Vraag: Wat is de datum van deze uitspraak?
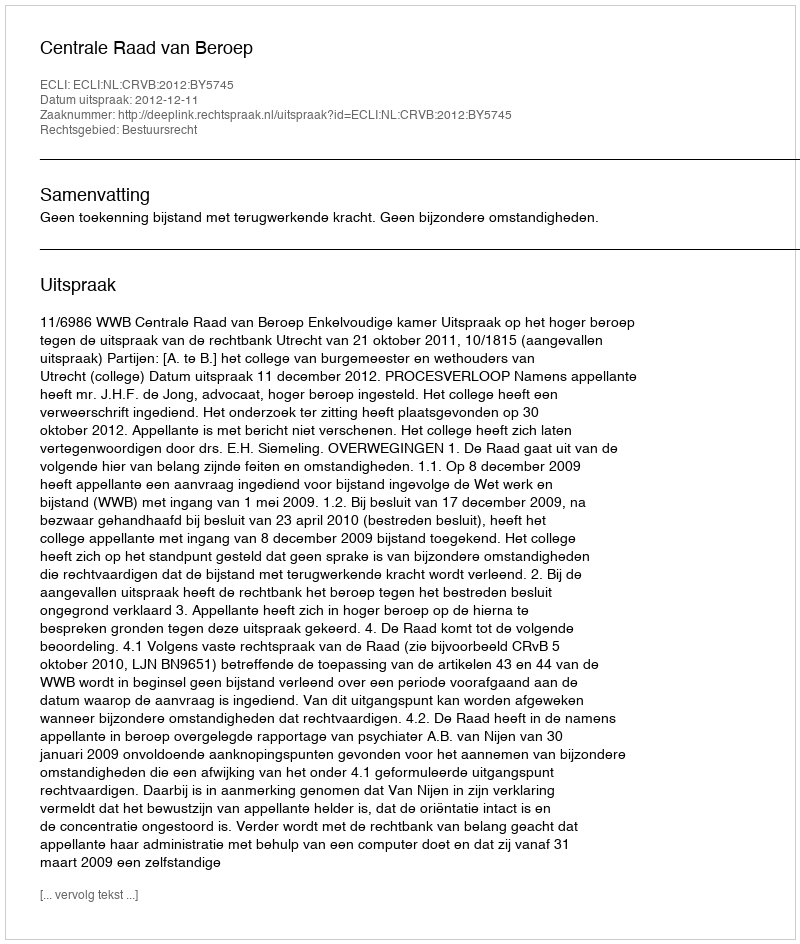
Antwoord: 2012-12-11